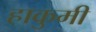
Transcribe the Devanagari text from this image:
हाकुमी